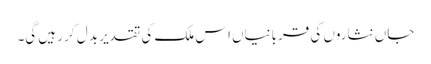
جاں نثاروں کی قربانیاں اس ملک کی تقدیر بد ل کر رہیں گی۔